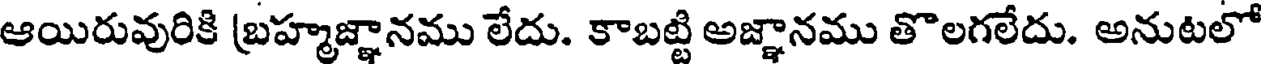
ఆయిరువురికి బ్రహ్మజ్ఞానము లేదు. కాబట్టి అజ్ఞానము తొలగలేదు. అనుటలో